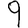
Digit: 9